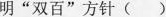
明 “双百” 方针 （）